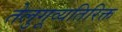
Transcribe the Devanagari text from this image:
तेलुगूव्यतिरिक्त